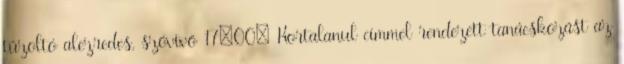
tűzoltó alezredes, szóvivő 17:00: Kortalanul címmel rendezett tanácskozást az